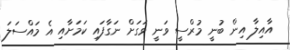
އާއިލާ އިން ބުނީ މުރްސީ ވަނީ ވަަގަށް ނަގާފައި ކަމަށާއި އެ މައްސަލަ